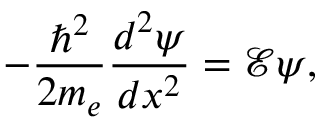
- \frac { \hbar ^ { 2 } } { 2 m _ { e } } \frac { d ^ { 2 } \psi } { d x ^ { 2 } } = \mathcal { E } \psi ,